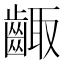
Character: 齱